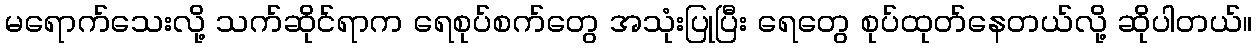
မရောက်သေးလို့ သက်ဆိုင်ရာက ရေစုပ်စက်တွေ အသုံးပြုပြီး ရေတွေ စုပ်ထုတ်နေတယ်လို့ ဆိုပါတယ်။